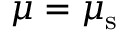
\mu = \mu _ { \mathrm { s } }